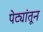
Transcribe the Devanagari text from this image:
पेट्यांतून